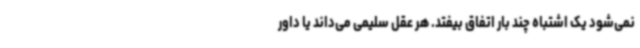
نمی‌شود یک اشتباه چند بار اتفاق بیفتد. هر عقل سلیمی می‌داند یا داور